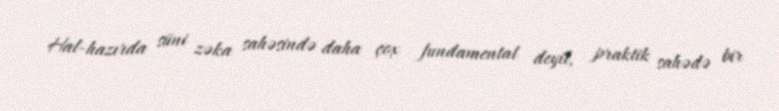
Hal-hazırda süni zəka sahəsində daha çox fundamental deyil, praktik sahədə bir